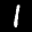
Label: 1